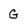
Character: G